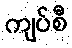
ကျပ်စီ